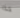
هذا